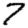
Digit: 7